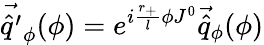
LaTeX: \vec{\hat{q}^{\prime}}_{\phi}(\phi)=e^{i\frac{r_{+}}{l}\phi J^{0}}\vec{\hat{q}}_{\phi}(\phi)